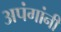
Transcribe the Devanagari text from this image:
अपंगांनी